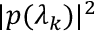
| p ( \lambda _ { k } ) | ^ { 2 }